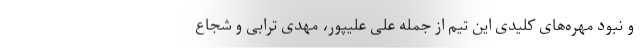
و نبود مهره‌های کلیدی این تیم از جمله علی علیپور، مهدی ترابی و شجاع